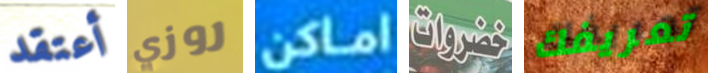
أعتقد روزي اماكن خضروات تعريفك